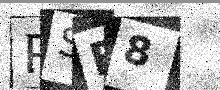
Text: RSB8